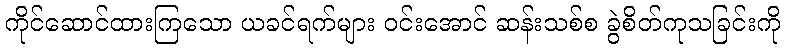
ကိုင်ဆောင်ထားကြသော ယခင်ရက်များ ဝင်းအောင် ဆန်းသစ်စ ခွဲစိတ်ကုသခြင်းကို